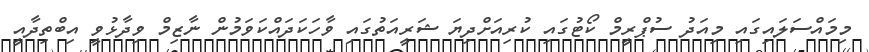
މިމައްސަލައިގައި މިއަދު ސުޕްރީމް ކޯޓުގައި ކުރިއަށްދިޔަ ޝަރީއަތުގައި ވާހަކަދައްކަވަމުން ނާޒިމް ވިދާޅުވީ އިބްތިދާއީ